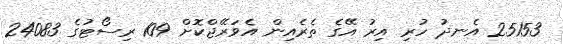
25153 އެނދު ހުރި އިރު އޭގެ ތެރެއިން އެވަރޭޖްކޮށް 109 ރިސޯޓުގެ 24083